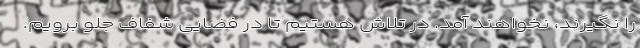
را نگیرند، نخواهند آمد. در تلاش هستیم تا در فضایی شفاف جلو برویم.